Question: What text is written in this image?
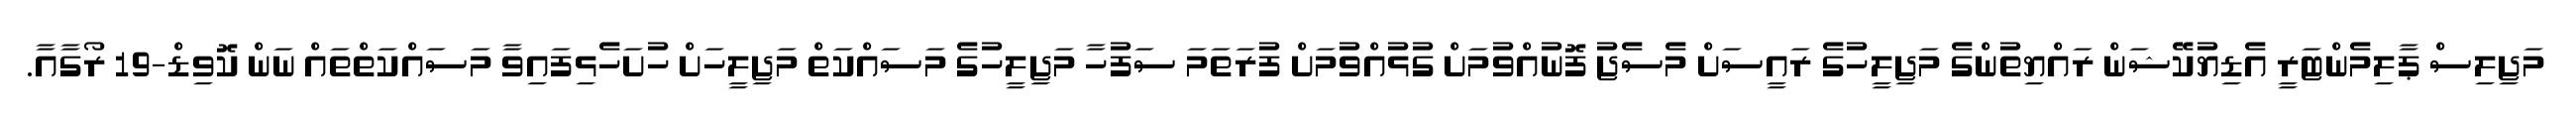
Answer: މަޖިލިސް ޕާލިމެންޓަރީ އެޑިޔުކޭޝަން ރައްޔިތުންގެ މަޖިލީހުގެ ރައީސަށް މެސެޖު ފޮނުއްވުމަށް ގުޅުއްވުމަށް ފުރަތަމަ ސަފުހާ މަޖިލީހުގެ މަސައްކަތް މަޖިލީހަށް ހުށަހެޅިފައިވާ މަސައްކަތްތައް ނަން ކޮވިޑް-19 ރޯގާއާ.